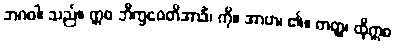
ဘဂဝါ၊ သည်။ ဣဓ ဘိက္ခဝေတိအာဒိံ၊ ကို။ အာဟ၊ ၏။ တတ္ထ၊ ထိုဣဓ